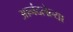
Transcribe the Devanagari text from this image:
आनंदलेल्या